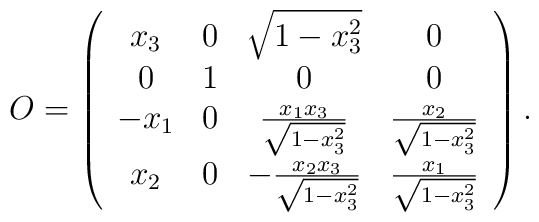
O = \left( \begin{array}{cccc} x_{3} & 0 & \sqrt{1-x_{3}^{2}} & 0 \\ 0 &1 & 0 & 0 \\ -x_{1} & 0 & \frac{x_{1} x_{3}}{\sqrt{1-x_{3}^{2}}} &\frac{x_{2}}{\sqrt{1-x_{3}^{2}}} \\ x_{2} & 0 & -\frac{x_{2}x_{3}}{\sqrt{1-x_{3}^{2}}} & \frac{x_{1}}{\sqrt{1-x_{3}^{2}}}\end{array} \right).